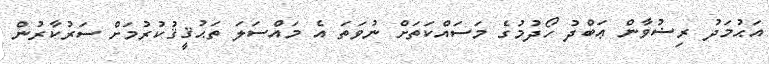
އަޙުމަދު ރިޟުވާން ޢަބްދު ހޯދުމުގެ މަސައްކަތަށް ނުވަތަ އެ މައްސަލަ ތަޙުޤީޤުކުރުމަށް ސަރުކާރުން